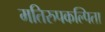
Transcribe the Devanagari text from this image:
मतिरुपकल्पिता